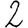
Digit: 2